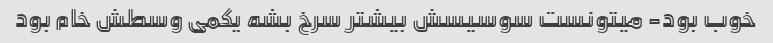
خوب بود- میتونست سوسیسش بیشتر سرخ بشه یکمی وسطش خام بود